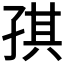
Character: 𰌪